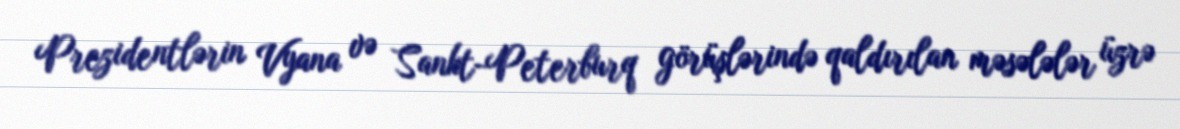
Prezidentlərin Vyana və Sankt-Peterburq görüşlərində qaldırılan məsələlər üzrə